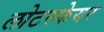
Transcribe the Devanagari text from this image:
लोटस्फेयर